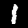
Digit: 1